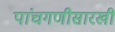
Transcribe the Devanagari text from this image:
पांचगणीसारखी